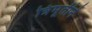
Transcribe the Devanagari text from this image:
त्रिमूर्तीने